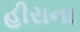
હીરાના